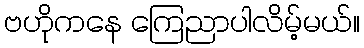
ဗဟိုကနေ ကြေညာပါလိမ့်မယ်။